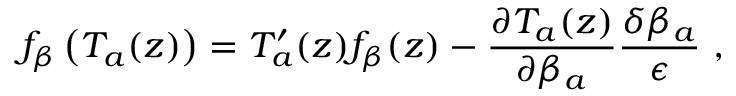
f _ { \beta } \left( T _ { a } ( z ) \right) = T _ { a } ^ { \prime } ( z ) f _ { \beta } ( z ) - \frac { \partial T _ { a } ( z ) } { \partial \beta _ { a } } \frac { \delta \beta _ { a } } { \epsilon } \ ,